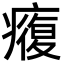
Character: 癁